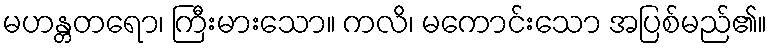
မဟန္တတရော၊ ကြီးမားသော။ ကလိ၊ မကောင်းသော အပြစ်မည်၏။